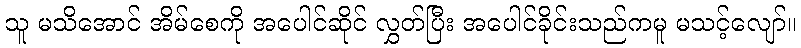
သူ မသိအောင် အိမ်စေကို အပေါင်ဆိုင် လွှတ်ပြီး အပေါင်ခိုင်းသည်ကမူ မသင့်လျော်။